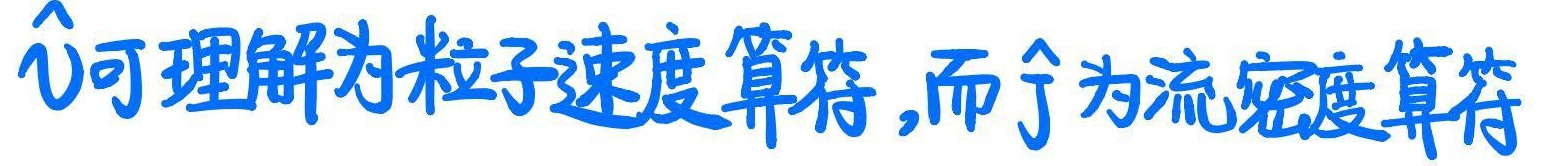
$\hat{\vec{v}}$可理解为粒子速度算符，而$\hat{\vec{j}}$为流密度算符